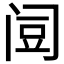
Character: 𰿯